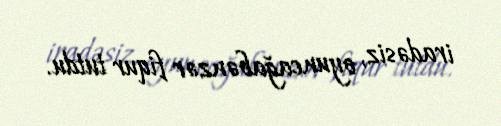
iradəsiz, oyuncağabənzər fiqur tutdu.